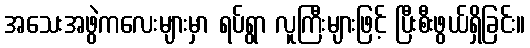
အသေးအဖွဲကလေးများမှာ ရပ်ရွာ လူကြီးများဖြင့် ပြီးစီးဖွယ်ရှိခြင်း။